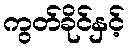
ကွတ်ခိုင်နှင့်